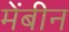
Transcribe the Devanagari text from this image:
मेंबीन